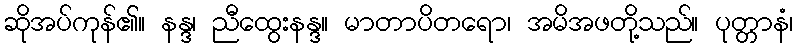
ဆိုအပ်ကုန်၏။ နန္ဒ၊ ညီထွေးနန္ဒ။ မာတာပိတရော၊ အမိအဖတို့သည်။ ပုတ္တာနံ၊